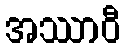
အဿာဝီ